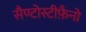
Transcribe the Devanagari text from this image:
सैण्टोस्टीफ़ैनो